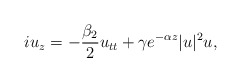
\begin{align*} i u_z = -\frac{\beta_2}{2} u_{tt} + \gamma e^{-\alpha z}|u|^2u,\end{align*}